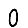
Digit: 0